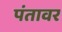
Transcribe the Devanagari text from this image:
पंतावर